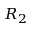
R _ { 2 }